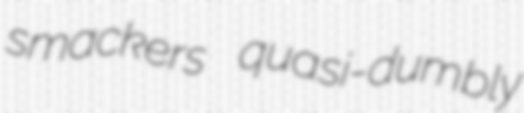
smackers quasi-dumbly